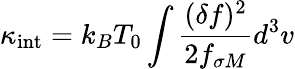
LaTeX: \kappa_{\mathrm{int}}=k_{B}T_{0}\int\frac{(\delta f)^{2}}{2f_{\sigma M}}d^{3}v